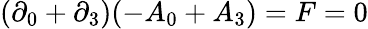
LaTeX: (\partial_{0}+\partial_{3})(-A_{0}+A_{3})=F=0